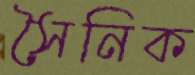
সৈনিক